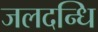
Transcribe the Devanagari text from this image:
जलदन्धि